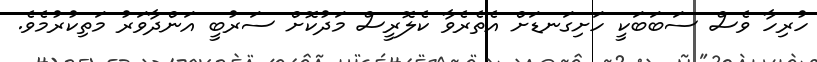
ހުރިހާ ވެސް ސަބަބަކީ ހަށިގަނޑަށް އެތެރެވާ ކެލޮރީސް މަދުކޮށް ސަރުބީ އަންދާވަރު މަތިކުރުމެވެ.